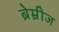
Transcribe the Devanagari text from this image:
ब्रेम्रीज